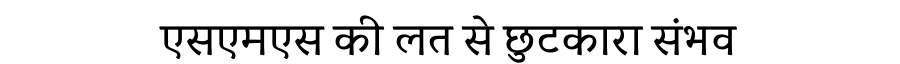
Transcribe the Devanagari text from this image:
एसएमएस की लत से छुटकारा संभव